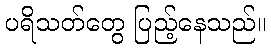
ပရိသတ်တွေ ပြည့်နေသည်။